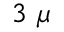
3 ~ \mu